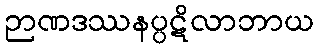
ဉာဏဒဿနပ္ပဋိလာဘာယ